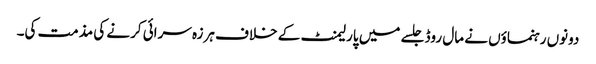
دونوں رہنماؤں نے مال روڈ جلسے میں پارلیمنٹ کے خلاف ہرزہ سرائی کرنے کی مذمت کی۔